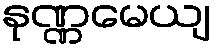
နုဏ္ဏမေယျ